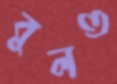
বুলও